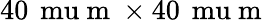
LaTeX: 40\, \mathrm{\ mu}\mathrm{~m~}\times 40\, \mathrm{\ mu}\mathrm{~m~}